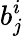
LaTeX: b_{j}^{i}